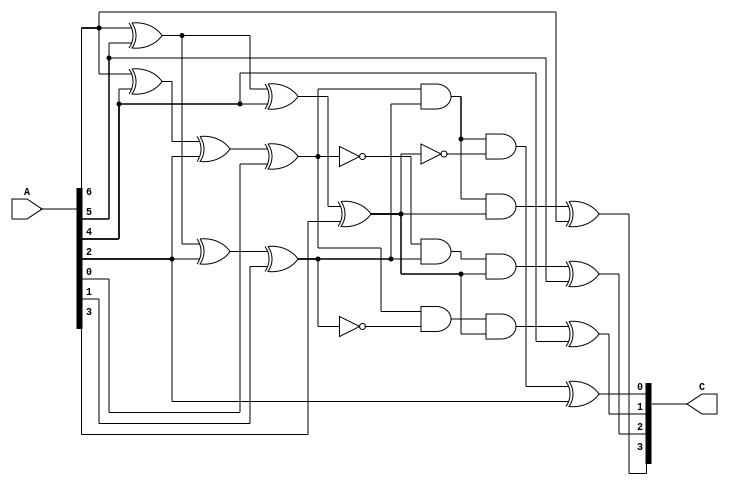
module checker (input [6:0] A,
                output wire [3:0] C);

wire b[2:0];
wire A_[3:0];
xor(b[0],A[6], A[4], A[2], A[0]);
xor(b[1],A[6], A[5], A[2], A[1]);
xor(b[2],A[6], A[5], A[4], A[3]);


and(A_[0],b[0],b[1],b[2]);
and(A_[1],~b[0],b[1],b[2]);
and(A_[2],b[0],~b[1],b[2]);
and(A_[3],b[0],b[1],~b[2]);

xor(C[3],A_[0],A[6]);
xor(C[2],A_[1],A[5]);
xor(C[1],A_[2],A[4]);
xor(C[0],A_[3],A[2]);

endmodule